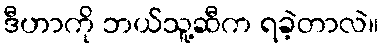
ဒီဟာကို ဘယ်သူ့ဆီက ရခဲ့တာလဲ။